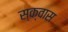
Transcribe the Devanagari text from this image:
स्क्वास